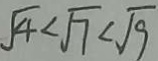
\sqrt { 4 } < \sqrt { 7 } < \sqrt { 9 }